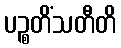
ပဉ္စတိံသတီတိ